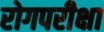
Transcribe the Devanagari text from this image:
रोगपरीक्षा